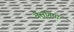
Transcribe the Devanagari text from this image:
वैरागियों